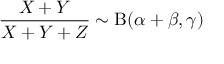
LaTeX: { \frac { X + Y } { X + Y + Z } } \sim \mathrm { B } ( \alpha + \beta , \gamma )